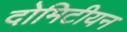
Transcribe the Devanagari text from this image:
दोमिटीयन